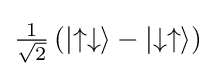
\textstyle {\frac {1}{\sqrt {2}}}\left(\vert {\uparrow \downarrow }\rangle -\vert {\downarrow \uparrow }\rangle \right)